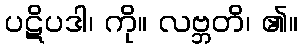
ပဋိပဒါ၊ ကို။ လဗ္ဘတိ၊ ၏။